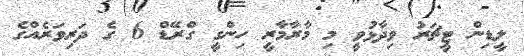
ލީޑިން ޓީޗަރު ވިދާޅުވީ މި މާރާމާރީ ހިންގީ ގްރޭޑް 6 ގެ ދަރިވަރެއްގެ